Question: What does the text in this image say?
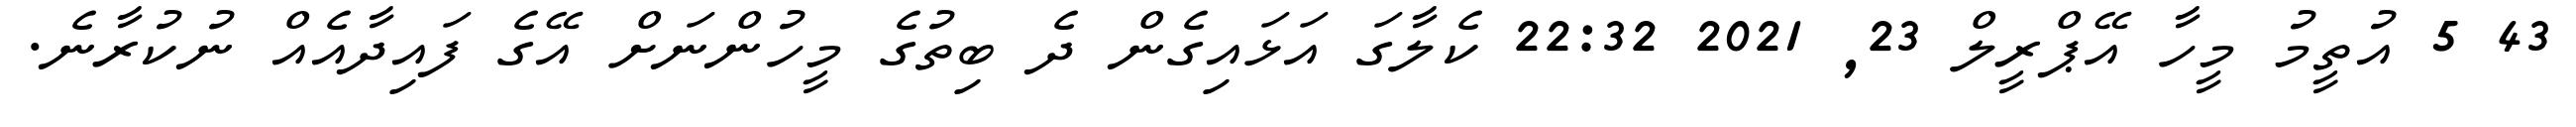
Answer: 43 5 އުތީމު މީހާ އޭޕްރީލް 23, 2021 22:32 ކެލާގަ އަޅައިގެން ދެ ބިތުގެ މީހުންނަށް އޭގެ ފައިދާއެއް ނުކުރާނެ.